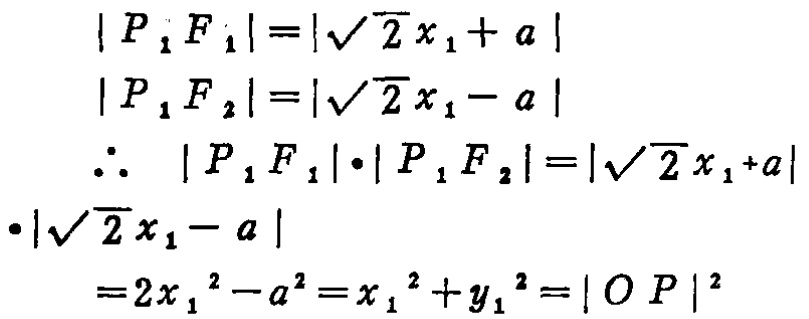
\[
\begin{align*}
\left|P_{1}F_{1}\right|&=\left|\sqrt{2}x_{1}+a\right|\\
\left|P_{1}F_{2}\right|&=\left|\sqrt{2}x_{1}-a\right|\\
\therefore \left|P_{1}F_{1}\right|\cdot\left|P_{1}F_{2}\right|&=\left|\sqrt{2}x_{1}+a\right|\cdot\left|\sqrt{2}x_{1}-a\right|\\
&=2x_{1}^{2}-a^{2}=x_{1}^{2}+y_{1}^{2}=\left|OP\right|^{2}
\end{align*}
\]